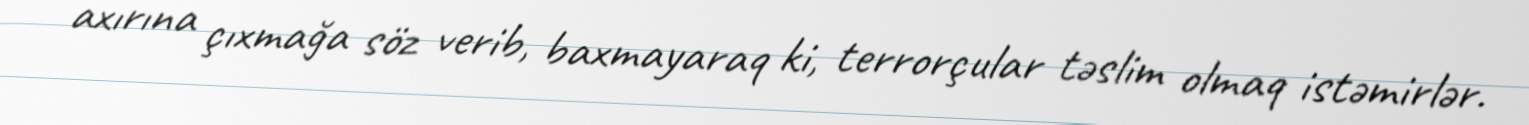
axırına çıxmağa söz verib, baxmayaraq ki, terrorçular təslim olmaq istəmirlər.